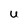
Character: U